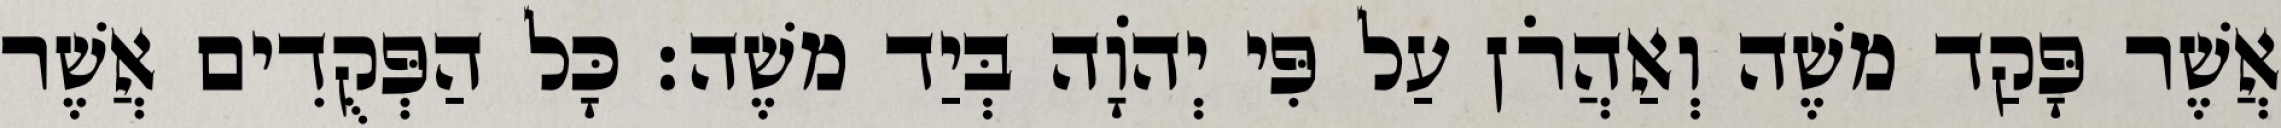
אֲשֶׁר פָּקַד משֶׁה וְאַהֲרֹן עַל פִּי יְהוָֹה בְּיַד משֶׁה׃ כָּל הַפְּקֻדִים אֲשֶׁר